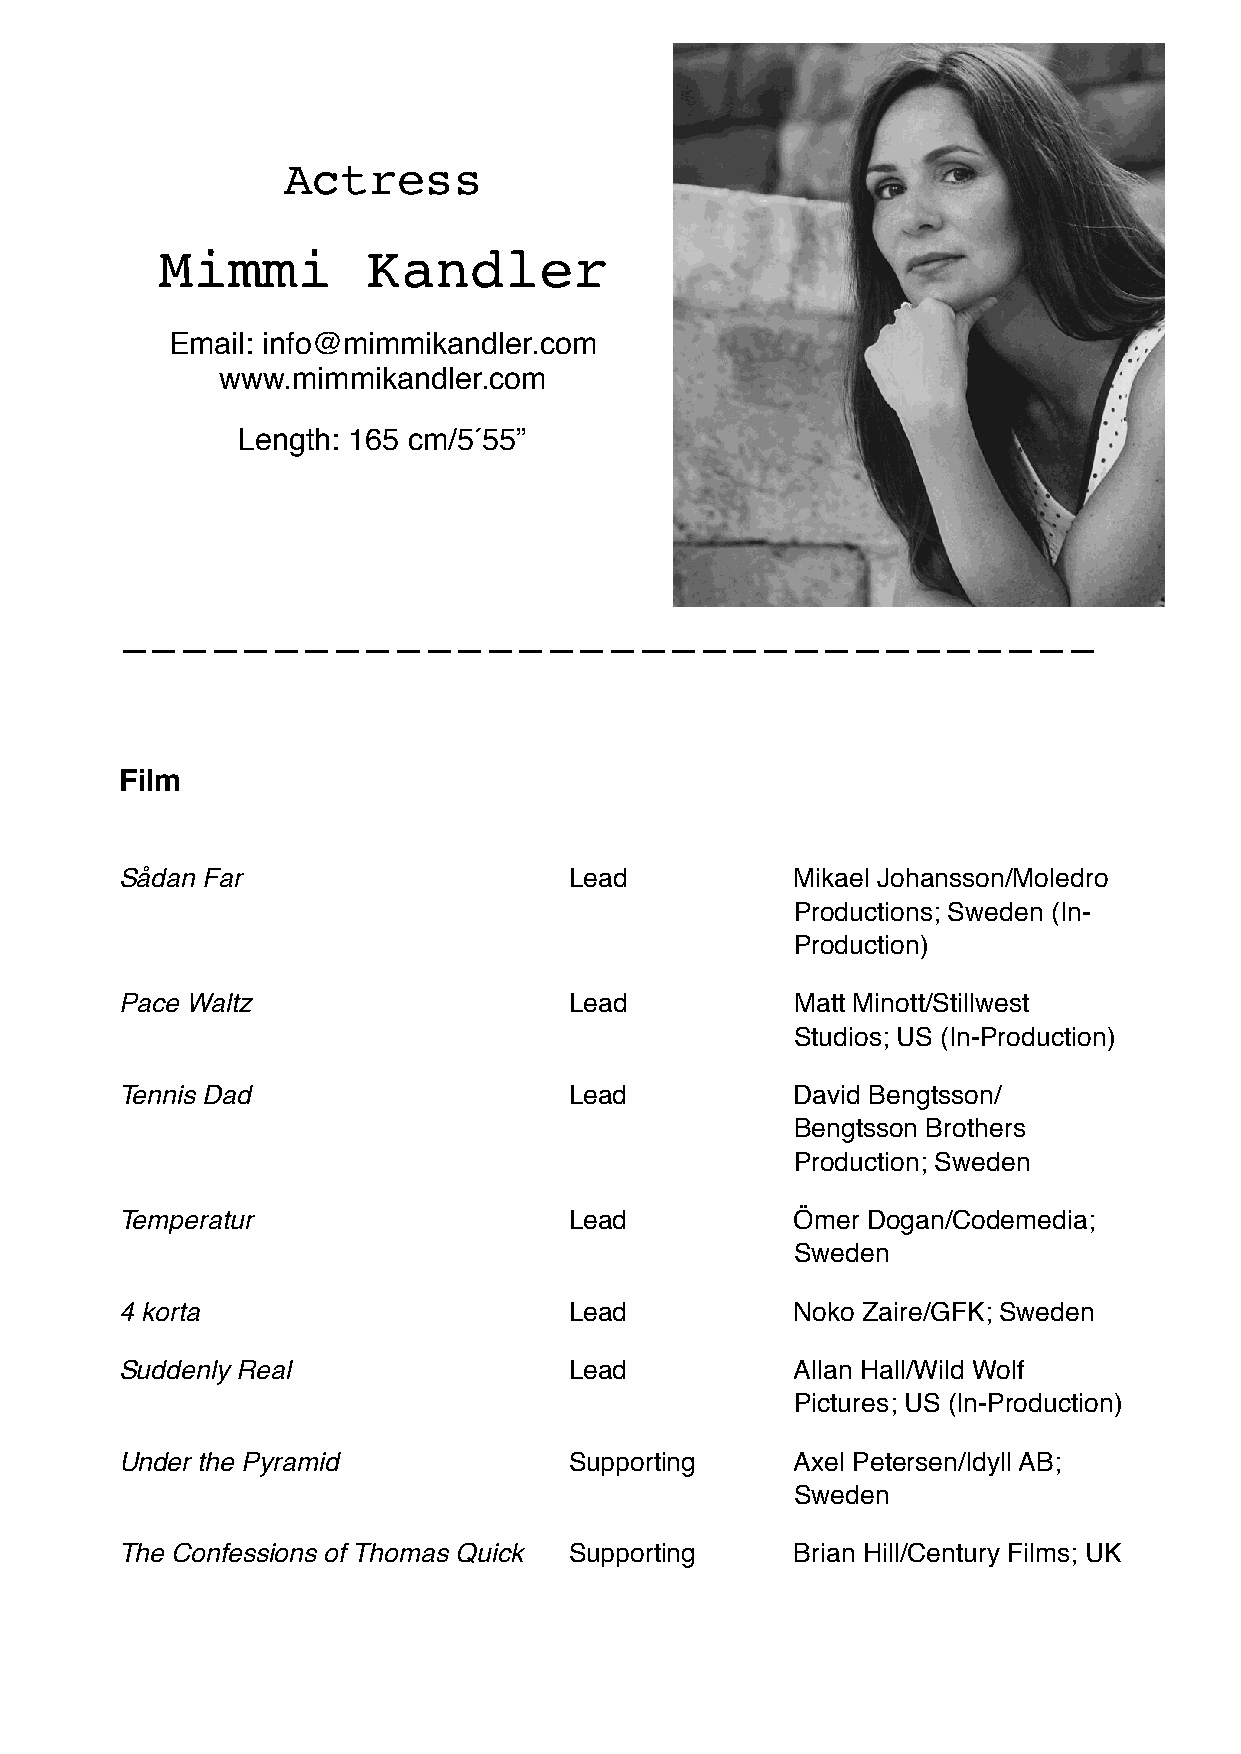
Actress
 Mimmi         Kandler
 Email: info@mimmikandler.com
 www.mimmikandler.com
 Length: 165 cm/5 5́ 5”
 ————————————————————————————————
 Film
 Sådan Far                     Lead           Mikael Johansson/Moledro
 Productions; Sweden (In-
 Production)
 Pace Waltz                    Lead           Matt Minott/Stillwest
 Studios; US (In-Production)
 Tennis Dad                    Lead           David Bengtsson/
 Bengtsson Brothers
 Production; Sweden
 Temperatur                    Lead           Ömer Dogan/Codemedia;
 Sweden
 4 korta                       Lead           Noko Zaire/GFK; Sweden
 Suddenly Real                 Lead           Allan Hall/Wild Wolf
 Pictures; US (In-Production)
 Under the Pyramid             Supporting     Axel Petersen/Idyll AB;
 Sweden
 The Confessions of Thomas Quick Supporting   Brian Hill/Century Films; UK